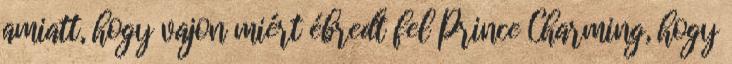
amiatt, hogy vajon miért ébredt fel Prince Charming, hogy